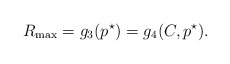
\begin{align*}R_{\max}=g_3(p^\star)=g_4(C,p^\star).\end{align*}